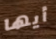
أيها